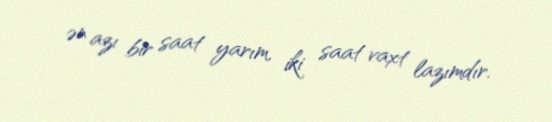
ən azı bir saat yarım, iki saat vaxt lazımdır.